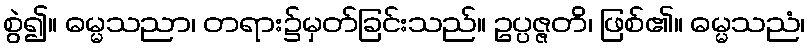
စွဲ၍။ ဓမ္မသညာ၊ တရား၌မှတ်ခြင်းသည်။ ဥပ္ပဇ္ဇတိ၊ ဖြစ်၏။ ဓမ္မသညံ၊